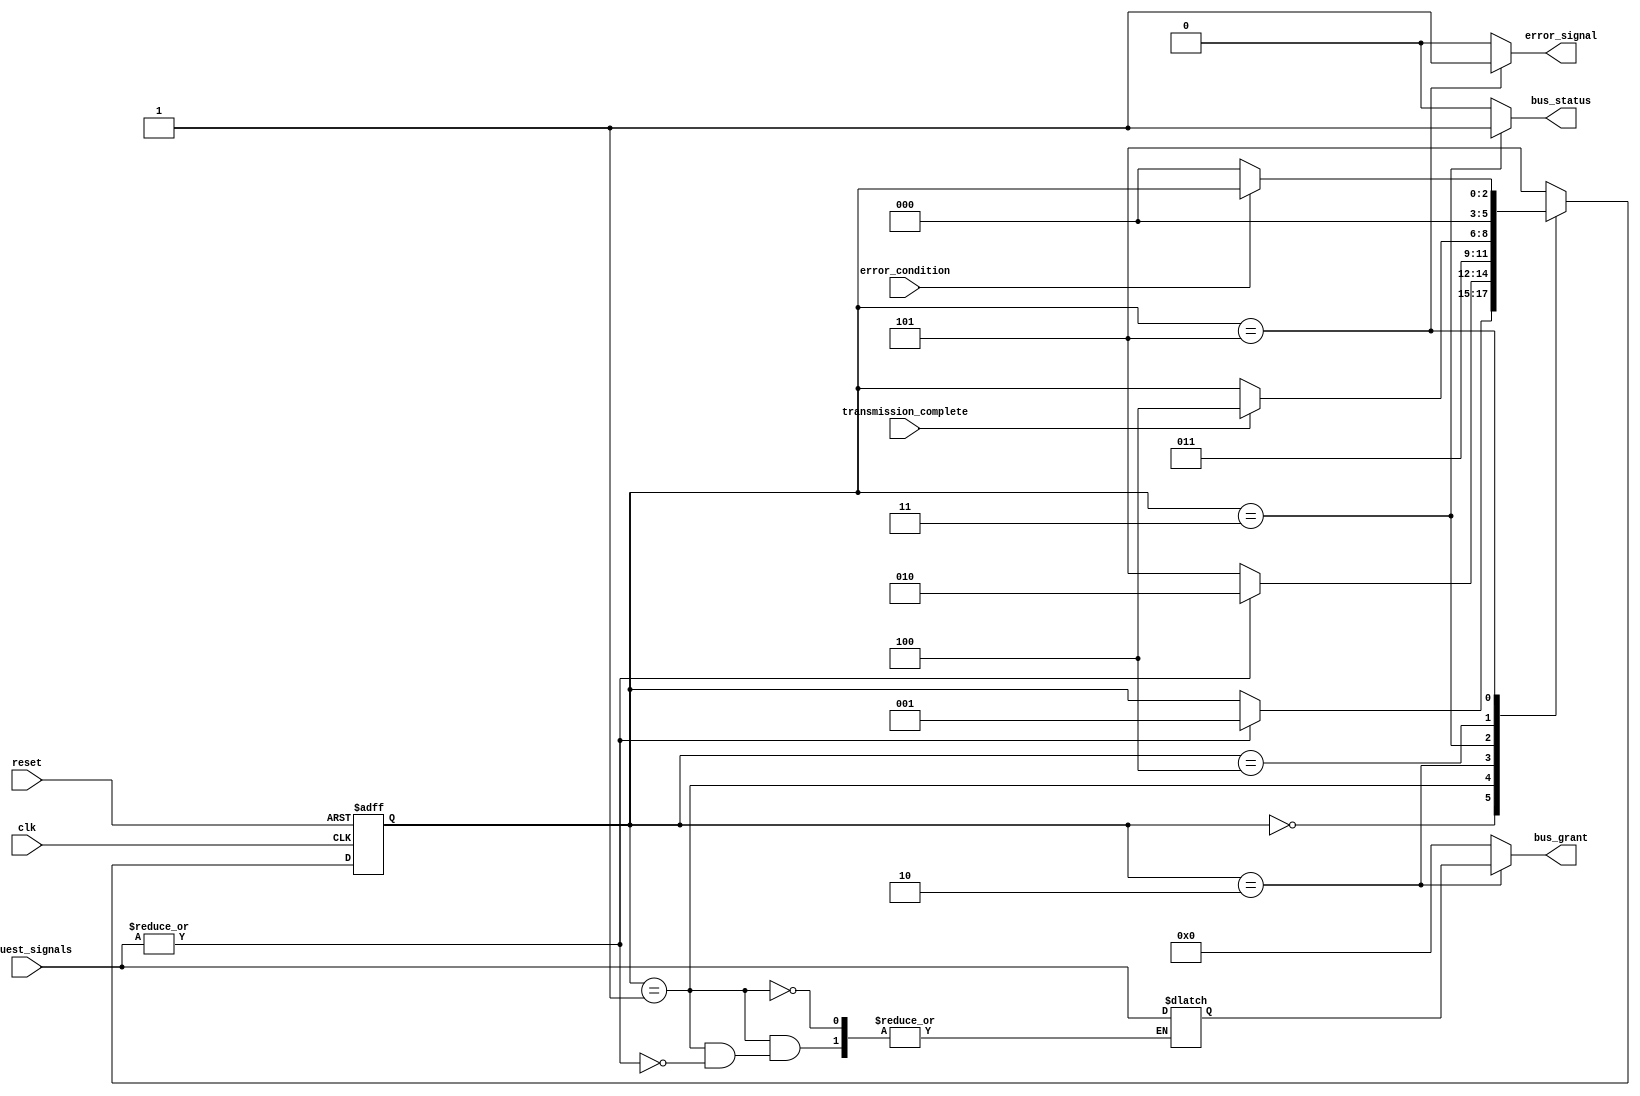
module bus_controller (
    input wire clk,                       // Clock signal
    input wire reset,                     // Asynchronous reset
    input wire [N-1:0] request_signals,  // Request signals from devices
    input wire transmission_complete,     // Transmission complete signal
    input wire error_condition,           // Error condition signal
    output reg [N-1:0] bus_grant,         // Bus grant signal to devices
    output reg error_signal,              // Error signal
    output reg bus_status                 // Bus status signal
);

parameter N = 4; // Number of devices
parameter IDLE = 3'b000;
parameter REQUEST = 3'b001;
parameter GRANT = 3'b010;
parameter TRANSMIT = 3'b011;
parameter RELEASE = 3'b100;
parameter ERROR = 3'b101;

reg [2:0] state, next_state;
reg [N-1:0] request_mask;

// State transition logic
always @(*) begin
    next_state = state; // Default to hold current state
    bus_grant = 0;      // Default bus grant to 0
    error_signal = 0;   // Default error signal to 0
    bus_status = 0;     // Default bus status to free

    case (state)
        IDLE: begin
            bus_status = 0; // Bus free
            if (|request_signals) begin
                next_state = REQUEST; // Any request from devices
            end
        end

        REQUEST: begin
            if (|request_signals) begin
                request_mask = request_signals; // Capture request signals
                next_state = GRANT; // Move to grant state
            end else begin
                next_state = ERROR; // No valid request, move to error
            end
        end

        GRANT: begin
            bus_grant = request_mask; // Grant bus to the requesting device
            next_state = TRANSMIT; // Move to transmit state
        end

        TRANSMIT: begin
            bus_status = 1; // Bus busy
            if (transmission_complete) begin
                next_state = RELEASE; // Transmission complete, release bus
            end
        end

        RELEASE: begin
            next_state = IDLE; // Move back to idle state
        end

        ERROR: begin
            error_signal = 1; // Set error signal
            if (!error_condition) begin
                next_state = IDLE; // Recover to idle if no error
            end
        end

        default: begin
            next_state = ERROR; // Default to error state
        end
    endcase
end

// State register
always @(posedge clk or posedge reset) begin
    if (reset) begin
        state <= IDLE; // Reset to IDLE state
    end else begin
        state <= next_state; // Update state on clock edge
    end
end

endmodule